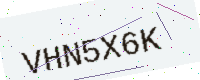
Text: VHN5X6K